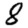
Digit: 8